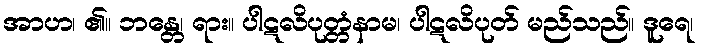
အာဟ၊ ၏။ ဘန္တေ၊ ရား။ ပါဋလိပုတ္တံနာမ၊ ပါဋလိပုတ် မည်သည်။ ဒူရေ၊